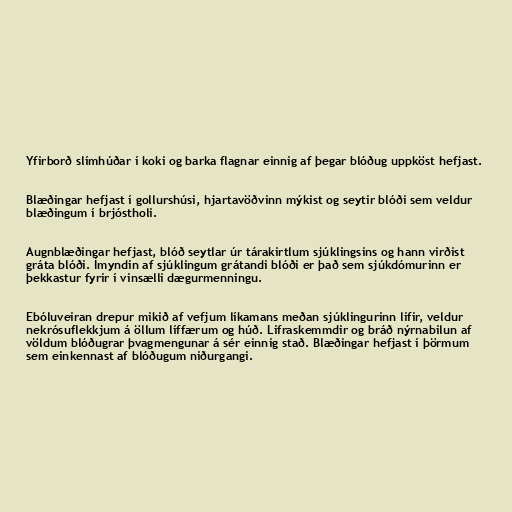
Yfirborð slímhúðar í koki og barka flagnar einnig af þegar blóðug uppköst hefjast.

Blæðingar hefjast í gollurshúsi, hjartavöðvinn mýkist og seytir blóði sem veldur
blæðingum í brjóstholi.

Augnblæðingar hefjast, blóð seytlar úr tárakirtlum sjúklingsins og hann virðist
gráta blóði. Ímyndin af sjúklingum grátandi blóði er það sem sjúkdómurinn er
þekkastur fyrir í vinsælli dægurmenningu.

Ebóluveiran drepur mikið af vefjum líkamans meðan sjúklingurinn lifir, veldur
nekrósuflekkjum á öllum líffærum og húð. Lifraskemmdir og bráð nýrnabilun af
völdum blóðugrar þvagmengunar á sér einnig stað. Blæðingar hefjast í þörmum
sem einkennast af blóðugum niðurgangi.